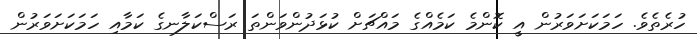
ހުރެތެވެ. ހަމަކަށަވަރުން އީ ކޮންމެ ކަމެއްގެ މައްޗަށް ކުޅަދުންވަންތަ ރަސްކަލާނގެ ކަމާއި ހަމަކަށަވަރުން